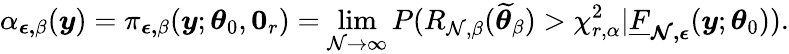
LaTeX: \alpha_{\boldsymbol{\epsilon,}\beta}(\boldsymbol{y})=\pi_{\boldsymbol{\epsilon,}\beta}(\boldsymbol{y};\boldsymbol{\theta}_{0},\boldsymbol{0}_{r})=\operatorname*{lim}_{\mathcal{N}\rightarrow\infty}P(R_{\mathcal{N},\beta}(\widetilde{{\boldsymbol{\theta}}}_{\beta})>\chi_{r,\alpha}^{2}|\underline{{{F}}}_{\boldsymbol{\mathcal{N},\epsilon}}(\boldsymbol{y};\boldsymbol{\theta}_{0})).